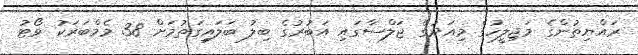
ރައްޔިތުންގެ މަޖިލީހުގެ މިއަދުގެ ޖަލްސާގައި އަބުރުގެ ބިލު ބަލައިގަތުމަށް 38 މެމްބަރަކު ވޯޓު